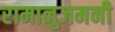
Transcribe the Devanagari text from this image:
रामानुजमनी